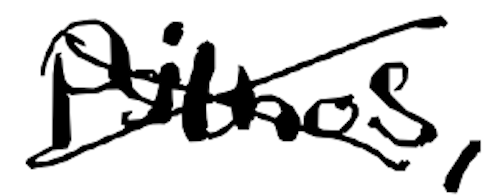
Text: Psithos,
Cross-out: cross
Writing tool: digital_black